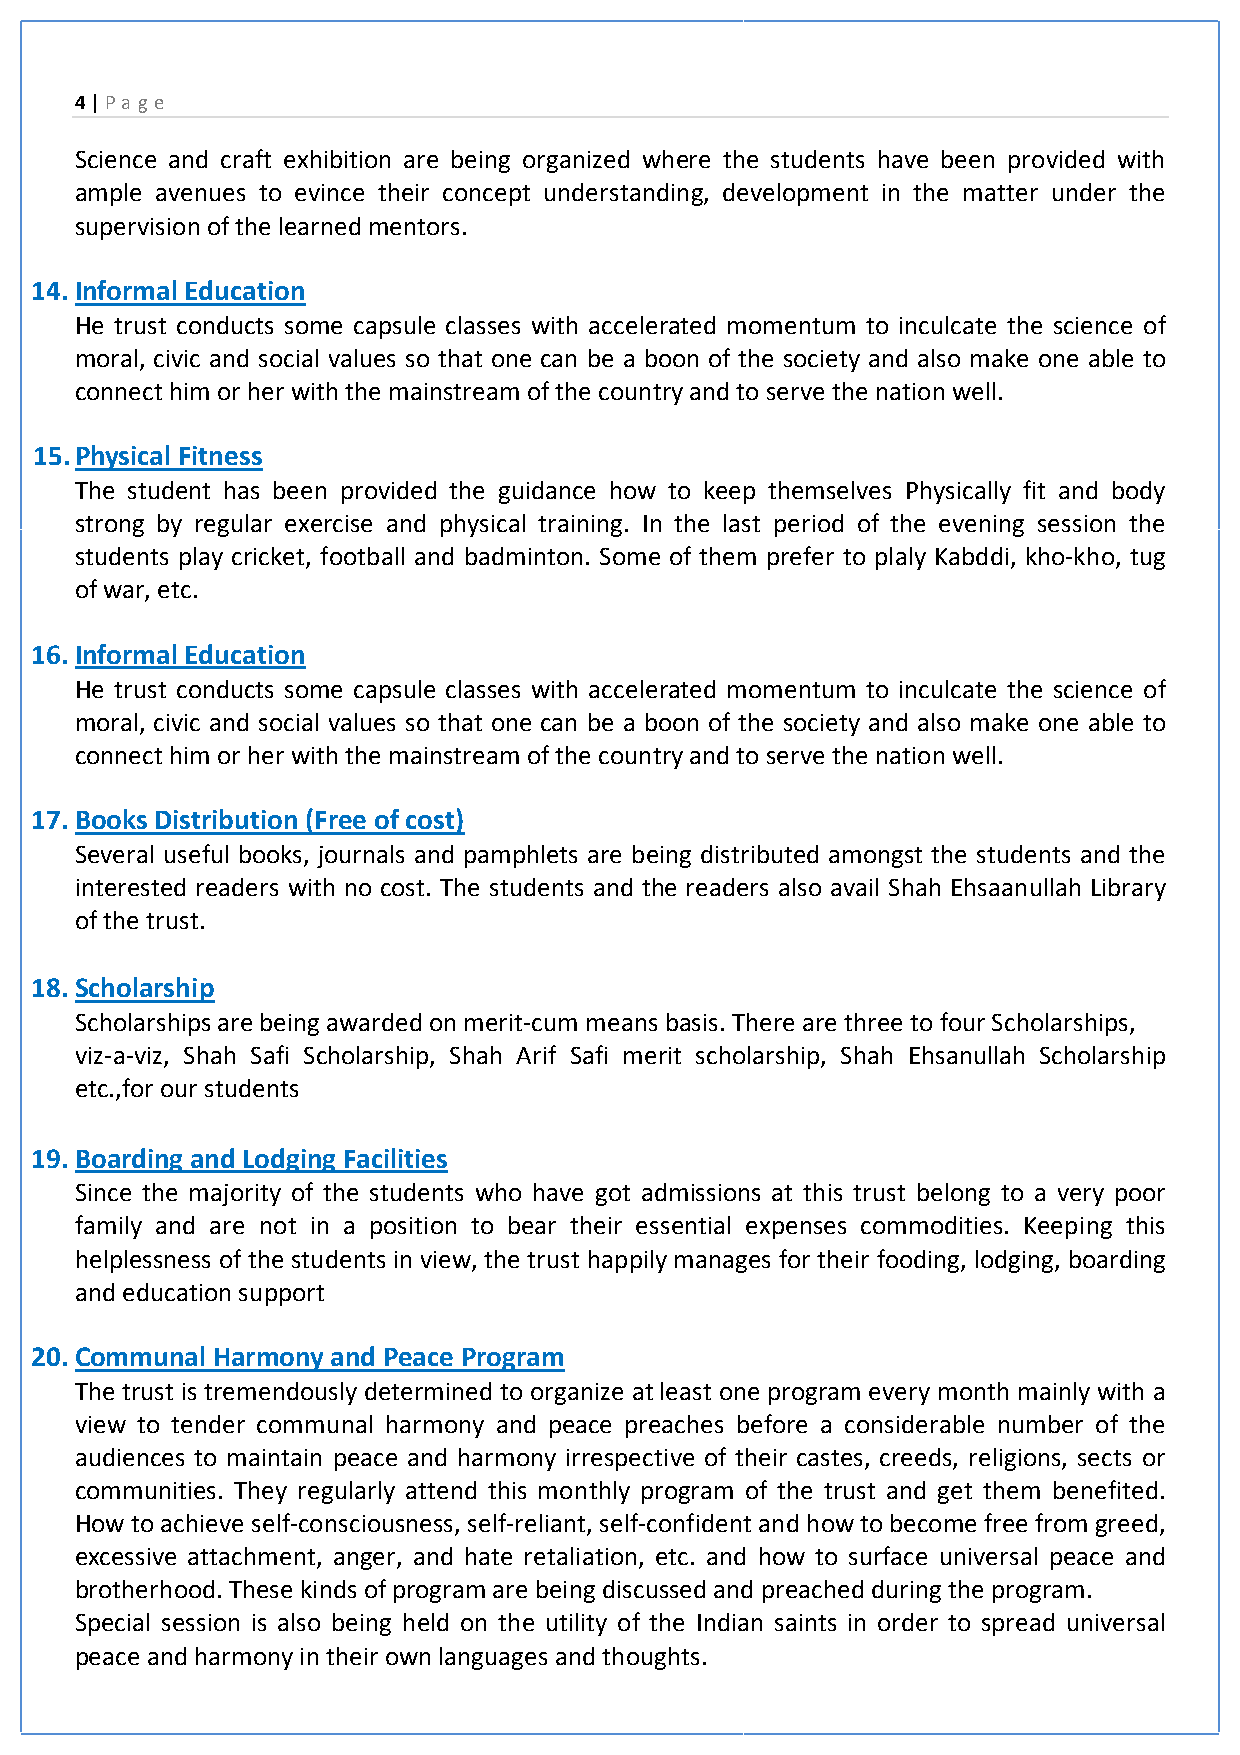
4 | Pa ge
 Science and craft exhibition are being organized where the students have been provided with
 ample avenues to evince their concept understanding, development in the matter under the
 supervision of the learned mentors.
 14. Informal Education
 He trust conducts some capsule classes with accelerated momentum to inculcate the science of
 moral, civic and social values so that one can be a boon of the society and also make one able to
 connect him or her with the mainstream of the country and to serve the nation well.
 15. Physical Fitness
 The student has been provided the guidance how to keep themselves Physically fit and body
 strong by regular exercise and physical training. In the last period of the evening session the
 students play cricket, football and badminton. Some of them prefer to plaly Kabddi, kho-kho, tug
 of war, etc.
 16. Informal Education
 He trust conducts some capsule classes with accelerated momentum to inculcate the science of
 moral, civic and social values so that one can be a boon of the society and also make one able to
 connect him or her with the mainstream of the country and to serve the nation well.
 17. Books Distribution (Free of cost)
 Several useful books, journals and pamphlets are being distributed amongst the students and the
 interested readers with no cost. The students and the readers also avail Shah Ehsaanullah Library
 of the trust.
 18. Scholarship
 Scholarships are being awarded on merit-cum means basis. There are three to four Scholarships,
 viz-a-viz, Shah Safi Scholarship, Shah Arif Safi merit scholarship, Shah Ehsanullah Scholarship
 etc.,for our students
 19. Boarding and Lodging Facilities
 Since the majority of the students who have got admissions at this trust belong to a very poor
 family and are not in a position to bear their essential expenses commodities. Keeping this
 helplessness of the students in view, the trust happily manages for their fooding, lodging, boarding
 and education support
 20. Communal Harmony and Peace Program
 The trust is tremendously determined to organize at least one program every month mainly with a
 view to tender communal harmony and peace preaches before a considerable number of the
 audiences to maintain peace and harmony irrespective of their castes, creeds, religions, sects or
 communities. They regularly attend this monthly program of the trust and get them benefited.
 How to achieve self-consciousness, self-reliant, self-confident and how to become free from greed,
 excessive attachment, anger, and hate retaliation, etc. and how to surface universal peace and
 brotherhood. These kinds of program are being discussed and preached during the program.
 Special session is also being held on the utility of the Indian saints in order to spread universal
 peace and harmony in their own languages and thoughts.